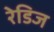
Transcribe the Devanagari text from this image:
रेडिज